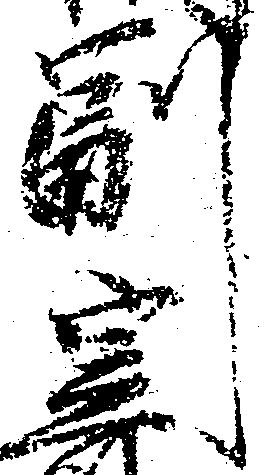
副